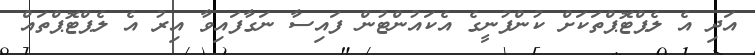
އަދި އެ ލެޕްޓޮޕްތަކަށް ކުންފުނީގެ އެކައުންޓުން ފައިސާ ނަގާފައިވާ އިރު އެ ލެޕްޓޮޕްތައް